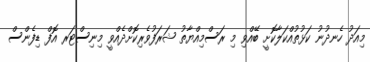
މިއަދު ހެނދުނު ކަޅުތުއްކަލާކޮށީ ބޭއްވި މި ރަސްމިއްޔާތު ޝަރަފުވެރިކޮށްދެއްވީ މިނިސްޓަރ އޮފް ޑިފެންސް